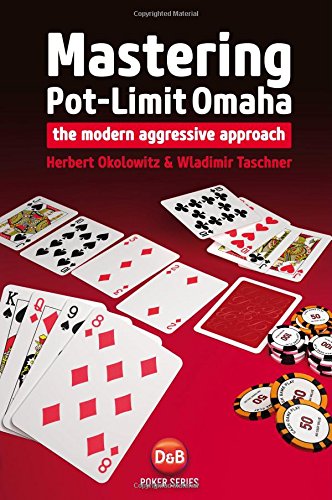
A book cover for Mastering Pot-Limit Omaha: The Modern Aggressive Approach (D&B Poker); Herbert Okolowitz; Humor & Entertainment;